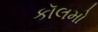
કૉલમો